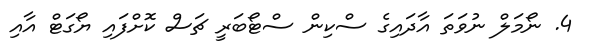
4. ނޯމަލް ނުވަތަ އާދައިގެ ސްކިން ސްޓޯބަރީ ޗަސް ކޮށްފައި ޔޯގަޓް އާއި